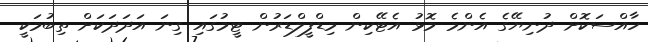
ހާއްސަކޮށް ދުނިޔޭގެ އެންމެ މޮޅު އެޓޭކިން މިޑްފީލްޑަރުން ޓީމުގައި ގިނަ އަދަދަކަށް ތިބުމަކީ